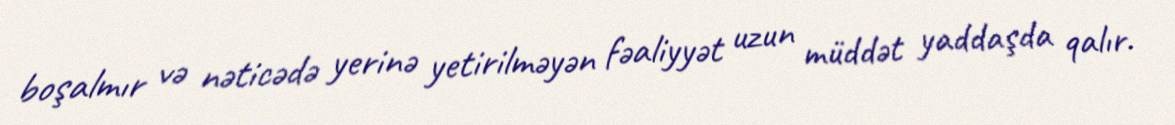
boşalmır və nəticədə yerinə yetirilməyən fəaliyyət uzun müddət yaddaşda qalır.